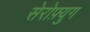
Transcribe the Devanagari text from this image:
सेरोफ़्युग